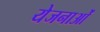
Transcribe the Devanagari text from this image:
येजनाओं